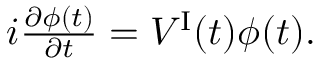
\begin{array} { r } { i \frac { \partial \phi ( t ) } { \partial t } = V ^ { \mathrm { I } } ( t ) \phi ( t ) . } \end{array}